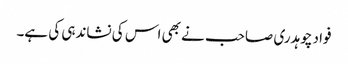
فواد چوہدری صاحب نے بھی اس کی نشاندہی کی ہے۔